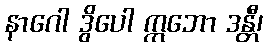
နာဂေါ ဒွိပေါ ဣဘော ဒန္တီ၊